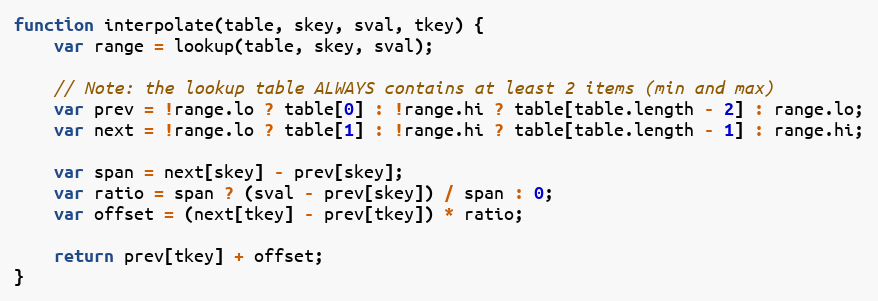
Language: JavaScript
function interpolate(table, skey, sval, tkey) {
	var range = lookup(table, skey, sval);

	// Note: the lookup table ALWAYS contains at least 2 items (min and max)
	var prev = !range.lo ? table[0] : !range.hi ? table[table.length - 2] : range.lo;
	var next = !range.lo ? table[1] : !range.hi ? table[table.length - 1] : range.hi;

	var span = next[skey] - prev[skey];
	var ratio = span ? (sval - prev[skey]) / span : 0;
	var offset = (next[tkey] - prev[tkey]) * ratio;

	return prev[tkey] + offset;
}